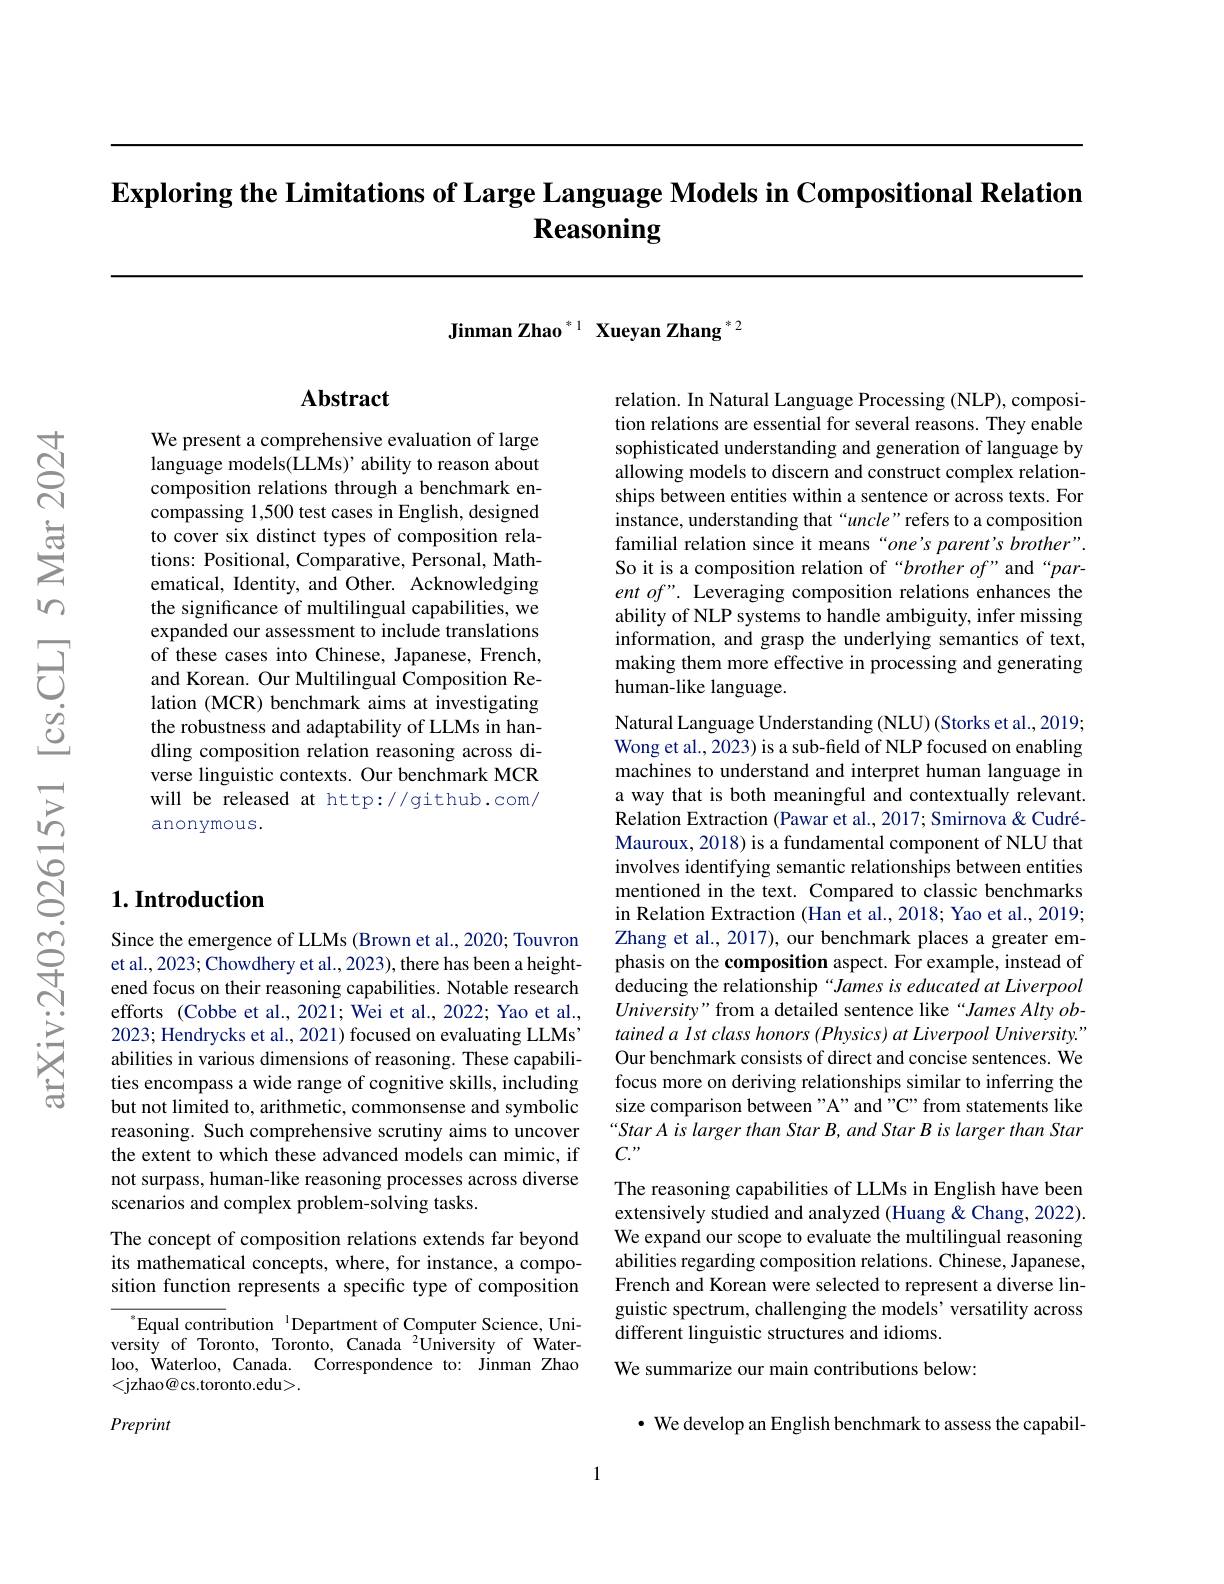
$\textbf{Exploring the Limitations of Large Language Models in Compositional Relation}$
# Reasoning

Jinman Zhao $^{*1}$ Xueyan Zhang $^{*2}$

## Abstract

We present a comprehensive evaluation of large language models(LLMs)' ability to reason about composition relations through a benchmark encompassing 1,500 test cases in English, designed to cover six distinct types of composition relations: Positional, Comparative, Personal, Mathematical, Identity, and Other. Acknowledging the significance of multilingual capabilities, we expanded our assessment to include translations of these cases into Chinese, Japanese, French, and Korean. Our Multilingual Composition Relation (MCR) benchmark aims at investigating the robustness and adaptability of LLMs in handling composition relation reasoning across diverse linguistic contexts. Our benchmark MCR will be released at http://github.com/ anonymous.

## $1. \textbf{Introduction}$

Since the emergence of LLMs (Brown et al., 2020; Touvron et al., 2023; Chowdhery et al., 2023), there has been a heightened focus on their reasoning capabilities. Notable research efforts (Cobbe et al., 2021; Wei et al., 2022; Yao et al., 2023; Hendrycks et al., 2021) focused on evaluating LLMs' abilities in various dimensions of reasoning. These capabilities encompass a wide range of cognitive skills, including but not limited to, arithmetic, commonsense and symbolic reasoning. Such comprehensive scrutiny aims to uncover the extent to which these advanced models can mimic, if not surpass, human-like reasoning processes across diverse scenarios and complex problem-solving tasks.

The concept of composition relations extends far beyond its mathematical concepts, where, for instance, a composition function represents a specific type of composition

$^{*}$Equal contribution$^{\text{1}}$Department of Computer Science, University of Toronto, Toronto, Canada $^{2}$University of Waterloo, Waterloo, Canada. Correspondence to: Jinman Zhao <jzhao@cs.toronto.edu>.

Preprint

relation. In Natural Language Processing (NLP), composition relations are essential for several reasons. They enable sophisticated understanding and generation of language by allowing models to discern and construct complex relationships between entities within a sentence or across texts. For instance, understanding that “uncle”refers to a composition familial relation since it means“one's parent’s brother”. So it is a composition relation of “brother of”and“parent of". Leveraging composition relations enhances the ability of NLP systems to handle ambiguity, infer missing information, and grasp the underlying semantics of text, making them more effective in processing and generating human-like language.

Natural Language Understanding (NLU) (Storks et al., 2019; Wong et al., 2023) is a sub-field of NLP focused on enabling machines to understand and interpret human language in a way that is both meaningful and contextually relevant. Relation Extraction (Pawar et al., 2017; Smirnova & CudréMauroux, 2018) is a fundamental component of NLU that involves identifying semantic relationships between entities mentioned in the text. Compared to classic benchmarks in Relation Extraction (Han et al., 2018; Yao et al., 2019; Zhang et al., 2017), our benchmark places a greater emphasis on the composition aspect. For example, instead of deducing the relationship“James is educated at Liverpool University" from a detailed sentence like “James Alty obtained a lst class honors (Physics) at Liverpool University." Our benchmark consists of direct and concise sentences. We focus more on deriving relationships similar to inferring the size comparison between"A" and "C" from statements like Star A is larger than Star B, and Star B is larger than Star $C.^{,}$
The reasoning capabilities of LLMs in English have been extensively studied and analyzed (Huang & Chang, 2022). We expand our scope to evaluate the multilingual reasoning abilities regarding composition relations. Chinese, Japanese, French and Korean were selected to represent a diverse linguistic spectrum, challenging the models' versatility across different linguistic structures and idioms.
We summarize our main contributions below:
· We develop an English benchmark to assess the capabil-

1